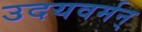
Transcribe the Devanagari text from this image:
उदयवर्मन्